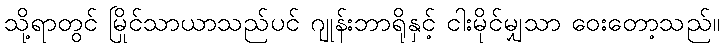
သို့ရာတွင် မြိုင်သာယာသည်ပင် ဂျုန်းဘာရိုနှင့် ငါးမိုင်မျှသာ ဝေးတော့သည်။